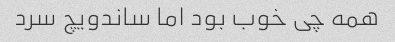
همه چی خوب بود اما ساندویچ سرد